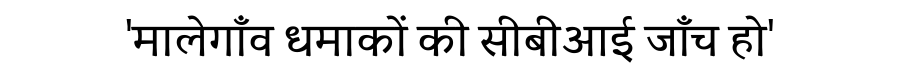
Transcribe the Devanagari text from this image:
'मालेगाँव धमाकों की सीबीआई जाँच हो'